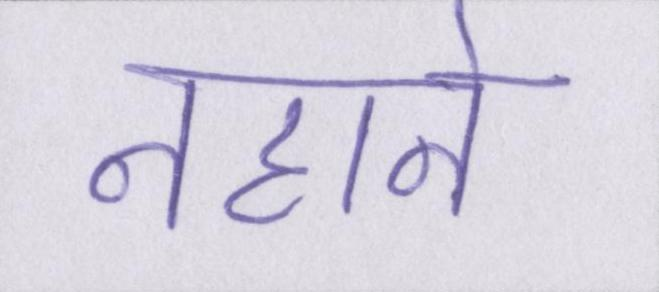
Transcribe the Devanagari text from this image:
नहाने